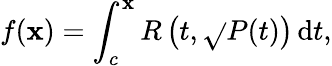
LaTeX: f(\mathbf{x})=\int_{c}^{\mathbf{x}}R\left(t,{\sqrt{}{{P(t)}}}\right)\, \mathrm{{d}}t,